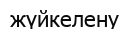
жүйкелену